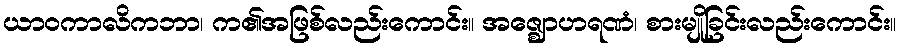
ယာဝကာလိကဘာ၊ က၏အဖြစ်လည်းကောင်း။ အဇ္ဈောဟရဏံ၊ စားမျိုခြင်းလည်းကောင်း။